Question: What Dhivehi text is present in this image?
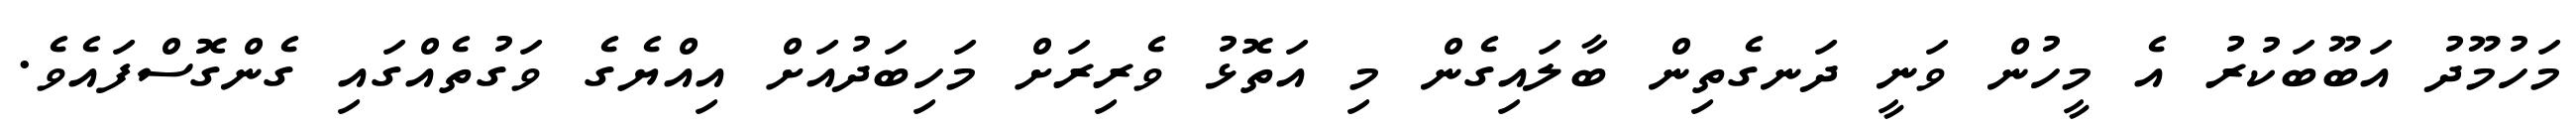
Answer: މަހުމޫދު އަބޫބަކުރު އެ މީހުން ވަނީ ދަނގެތިން ބާލައިގެން މި އަތޮޅު ވެރިރަށް މަހިބަދުއަށް އިއްޔެގެ ވަގުތެއްގައި ގެންގޮސްފައެވެ.